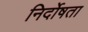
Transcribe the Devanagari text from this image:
निर्दोषता